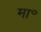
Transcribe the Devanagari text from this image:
मा॰